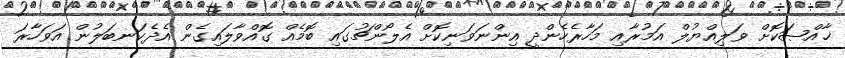
ޚާއްޞަކޮށް ވަލިއްޔުލް އަމުރާއި މަހާރެހެންދީ އިންނަވަނިކޮށް އެލޯންޗުގައި ބޮމެއް ގޮއްވާލައިގެން އެދެކަނބަލުން އަވަހާރަ